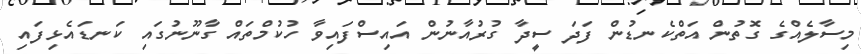
މިސާލެއްގެ ގޮތުން އަތްކެނޑުން ފަދަ ސީދާ ގުރުއާނުން އައިސްފައިވާ ހުކުމްތައް ގާނޫނުގައި ކަނޑައެޅިފައި